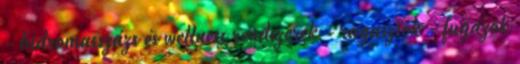
- hidromasszázs és wellness rendszerek - ragasztók - fugázók